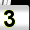
Digit: 3